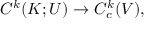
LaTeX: C ^ { k } ( K ; U ) \to C _ { c } ^ { k } ( V ) ,